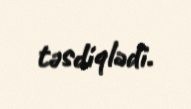
təsdiqlədi.